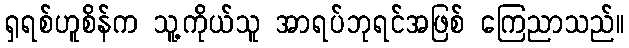
ရှရစ်ဟူစိန်က သူ့ကိုယ်သူ အာရပ်ဘုရင်အဖြစ် ကြေညာသည်။